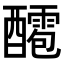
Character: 𨣙